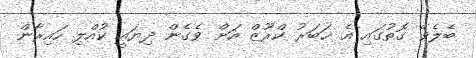
ބެލެވޭ ގޮތުގައި އެ ޚަބަރު ކްރޫޒް އަށް ވެގެން ދިޔައީ ކުއްލި ހައިރާން